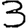
Digit: 3